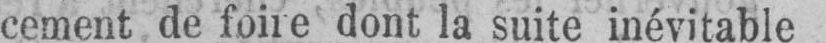
cement de foire dont la suite inévitable